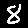
Digit: 8